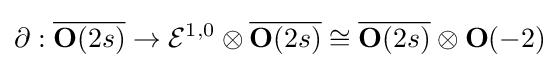
\partial :{\overline {\mathbf {O} (2s)}}\to {\mathcal {E}}^{1,0}\otimes {\overline {\mathbf {O} (2s)}}\cong {\overline {\mathbf {O} (2s)}}\otimes \mathbf {O} (-2)